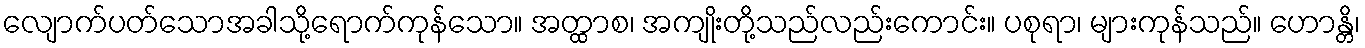
လျောက်ပတ်သောအခါသို့ရောက်ကုန်သော။ အတ္ထာစ၊ အကျိုးတို့သည်လည်းကောင်း။ ပစုရာ၊ များကုန်သည်။ ဟောန္တိ၊